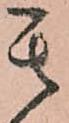
其